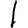
Digit: 1